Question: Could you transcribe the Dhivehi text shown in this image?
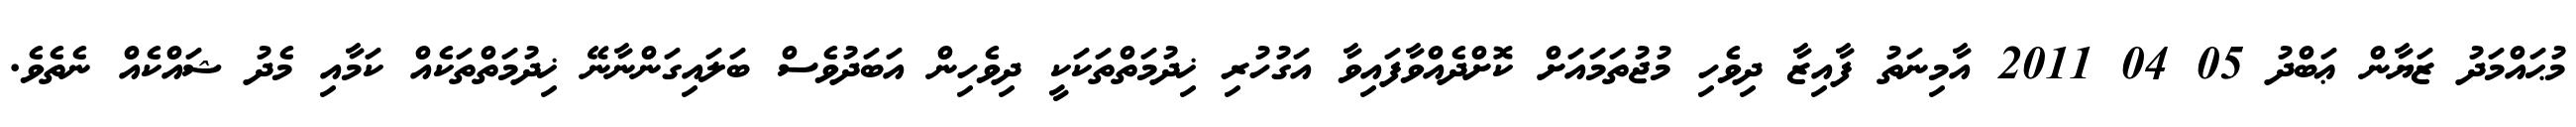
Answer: މުޙައްމަދު ޒަޔާން ޢަބްދު 05 04 2011 އާމިނަތު ފާއިޒާ ދިވެހި މުޖުތަމައަށް ކޮށްދެއްވާފައިވާ އަގުހުރި ޚިދުމަތްތަކަކީ ދިވެހިން އަބަދުވެސް ބަލައިގަންނާނޭ ޚިދުމަތްތަކެއް ކަމާއި މެދު ޝައްކެއް ނެތެވެ.